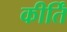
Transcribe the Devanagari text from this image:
कीर्तिं